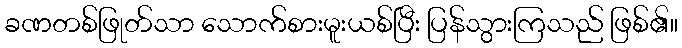
ခဏတစ်ဖြုတ်သာ သောက်စားမူးယစ်ပြီး ပြန်သွားကြသည် ဖြစ်၏။